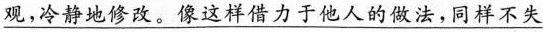
\underline{观，冷静地修改。像这样借力于他人的佩法，同样不失}